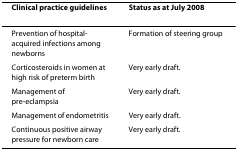
<table><thead><tr><td><b>Clinical practice guidelines</b></td><td><b>Status as at July 2008</b></td></tr></thead><tbody><tr><td>Prevention of hospital-acquired infections among newborns</td><td>Formation of steering group</td></tr><tr><td>Corticosteroids in women at high risk of preterm birth</td><td>Very early draft.</td></tr><tr><td>Management of pre-eclampsia</td><td>Very early draft.</td></tr><tr><td>Management of endometritis</td><td>Very early draft.</td></tr><tr><td>Continuous positive airway pressure for newborn care</td><td>Very early draft.</td></tr></tbody></table>